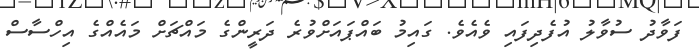
ފަވާދު ސުވާލު އުފެދިފައި ވެއެވެ. ގައިމު ބައްޕައަށްވުރެ ދަރީންގެ މައްޗަށް މައެއްގެ އިހްސާސް